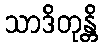
သာဒိတုန္တိ